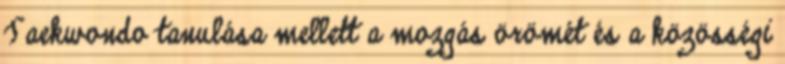
Taekwondo tanulása mellett a mozgás örömét és a közösségi